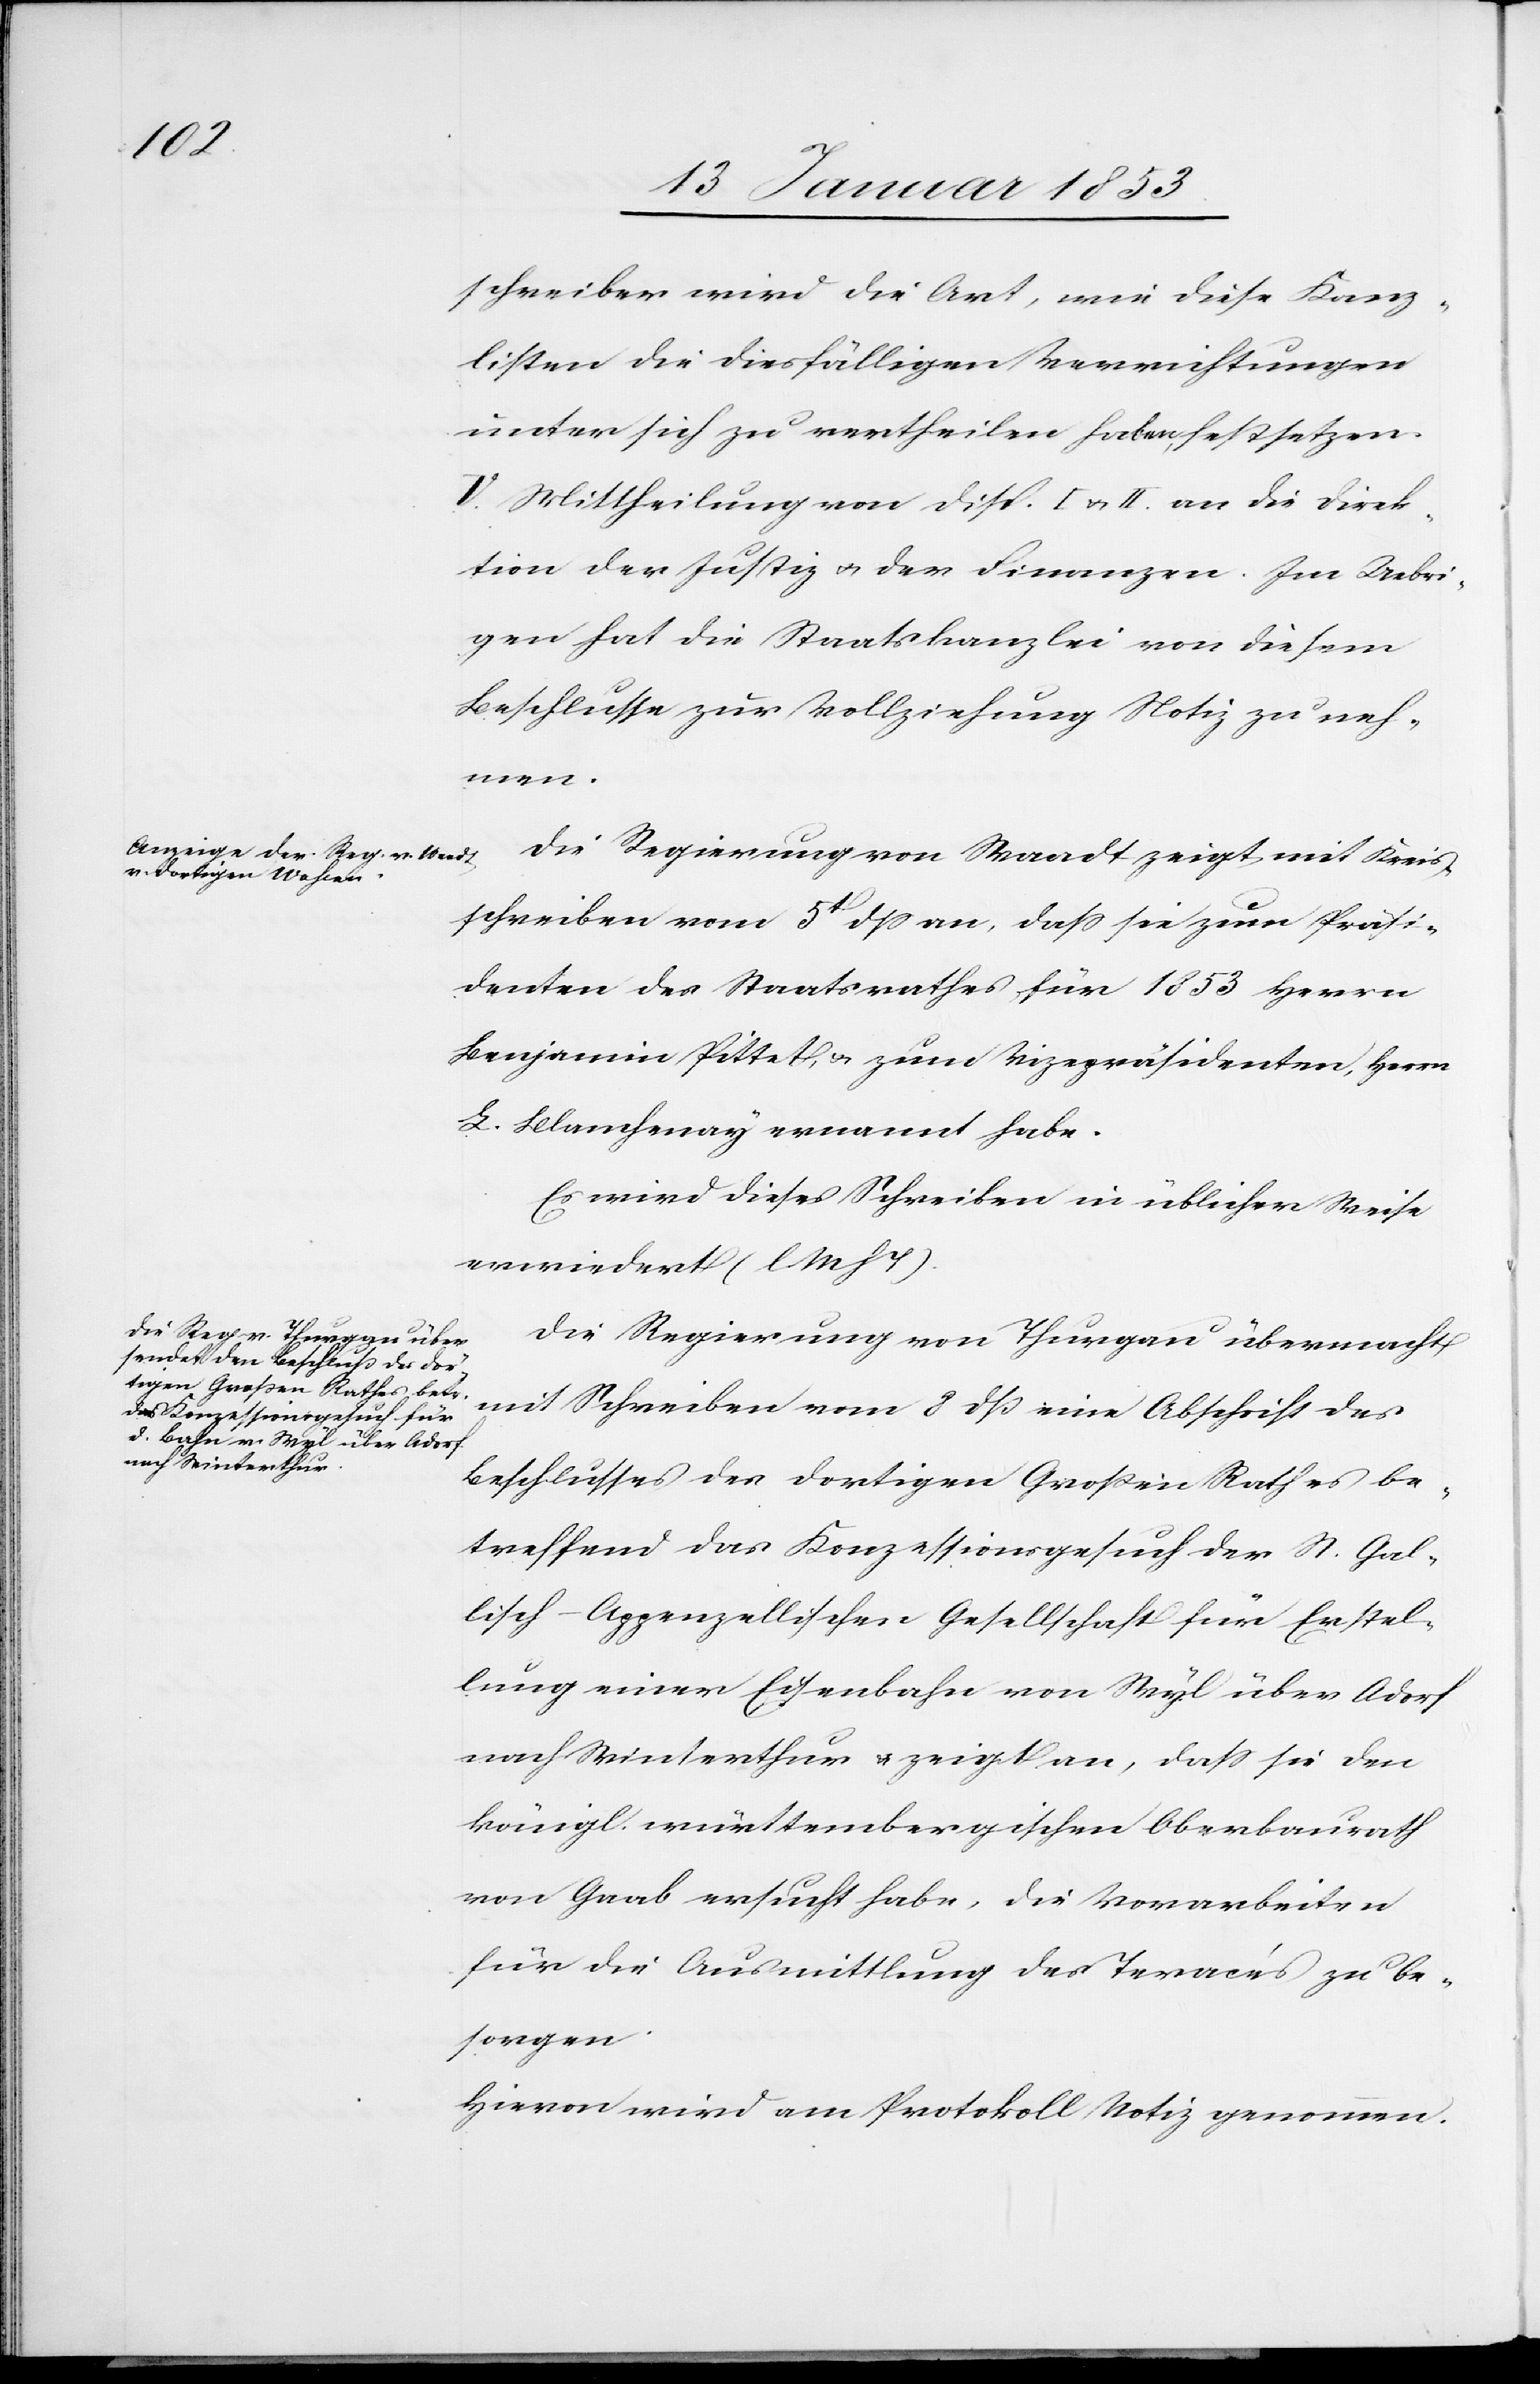
schreiber wird die Art, wie diese Kanz¬
listen die diesfälligen Verrichtungen
unter sich zu vertheilen haben, festsetzen.
V. Mittheilung von disp. I. u. II. die Direk¬
tion der Justiz u. der Finanzen. Im Uebri¬
gen hat die Staatskanzlei von diesem
Beschlusse zur Vollziehung Notiz zu neh¬
men.
Die Regierung von Waadt zeigt mit Kreis¬
schreiben vom 5t. dß an, daß sie zum Präsi¬
denten des Staatsrathes für 1853 Herrn
Benjamin Pittet, zum Vicepräsidenten, Herrn
L. Blamhenay ernannt habe.
Es wird dieses Schreiben in üblicher Weise
erwiedert [l. M. h. T]
Die Regierung von Thurgau übermacht
mit Schreiben vom 8 dß eine Abschrift des
Beschlusses des dortigen Großen Rathes be¬
treffend das Konzessionsgesuch der St. Gal¬
lisch-Appenzellischen Gesellschaft für Erstel¬
lung einer Eisenbahn von Wyl über Aadorf
nach Winterthur u. zeigt an, daß sie den
königl. württembergischen Oberbaurath
von Grab ersucht habe, die Vorarbeiten
für die Ausmittlung des Tracés zu be¬
sorgen.
Hievon wird am Protokoll Notiz genommen.